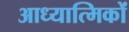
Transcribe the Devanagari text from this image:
आध्यात्मिकों